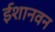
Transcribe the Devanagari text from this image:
ईशानवन